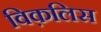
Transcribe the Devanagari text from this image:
विक़लिस